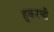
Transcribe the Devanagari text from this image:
हूकरची